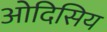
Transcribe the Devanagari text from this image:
ओदिसिय